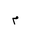
Letter: _mim